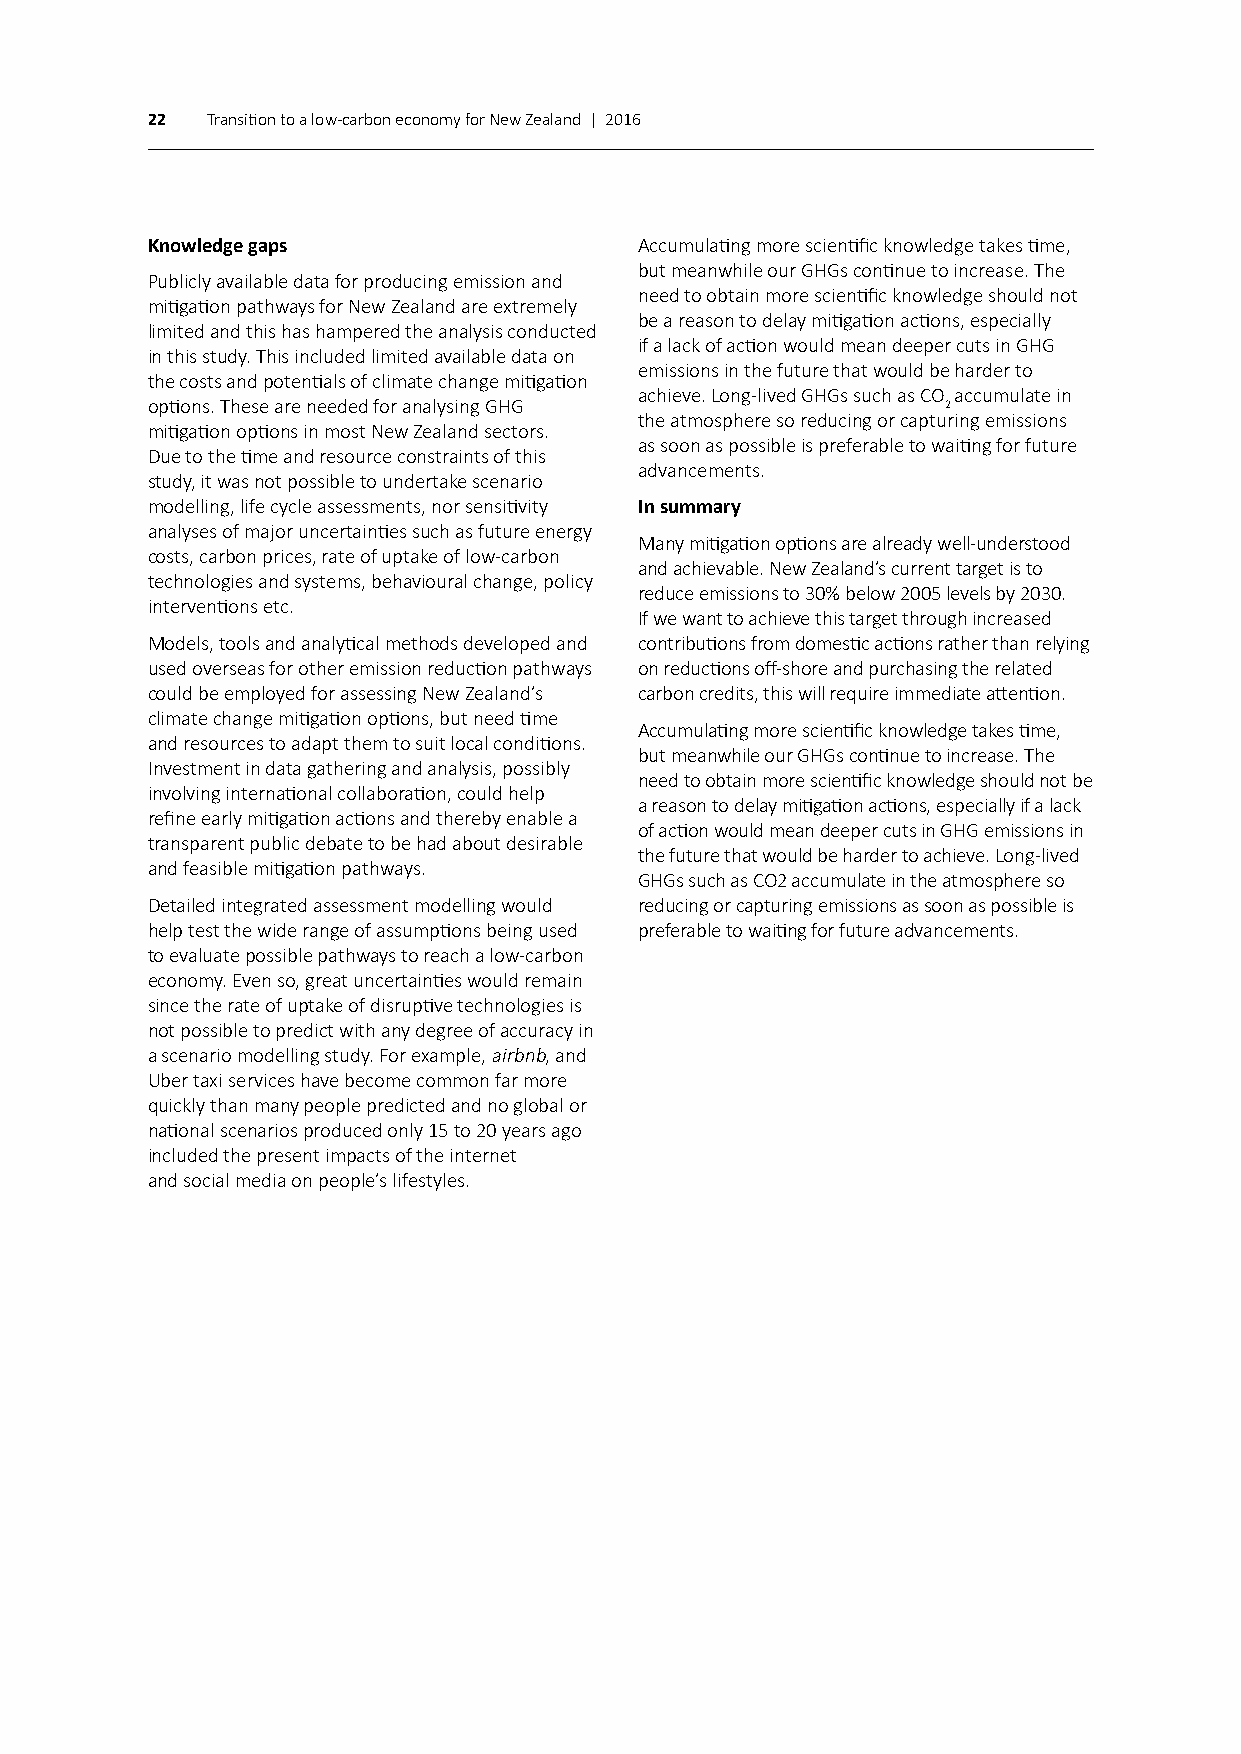
22  Transition to a low-carbon economy for New Zealand | 2016
 Knowledge gaps                  Accumulating more scientific knowledge takes time,
 but meanwhile our GHGs continue to increase. The
 Publicly available data for producing emission and
 need to obtain more scientific knowledge should not
 mitigation pathways for New Zealand are extremely
 be a reason to delay mitigation actions, especially
 limited and this has hampered the analysis conducted
 if a lack of action would mean deeper cuts in GHG
 in this study. This included limited available data on
 emissions in the future that would be harder to
 the costs and potentials of climate change mitigation
 achieve. Long-lived GHGs such as CO accumulate in
 options. These are needed for analysing GHG         2
 the atmosphere so reducing or capturing emissions
 mitigation options in most New Zealand sectors.
 as soon as possible is preferable to waiting for future
 Due to the time and resource constraints of this
 advancements.
 study, it was not possible to undertake scenario
 modelling, life cycle assessments, nor sensitivity In summary
 analyses of major uncertainties such as future energy
 Many mitigation options are already well-understood
 costs, carbon prices, rate of uptake of low-carbon
 and achievable. New Zealand’s current target is to
 technologies and systems, behavioural change, policy
 reduce emissions to 30% below 2005 levels by 2030.
 interventions etc.
 If we want to achieve this target through increased
 Models, tools and analytical methods developed and contributions from domestic actions rather than relying
 used overseas for other emission reduction pathways on reductions off-shore and purchasing the related
 could be employed for assessing New Zealand’s carbon credits, this will require immediate attention.
 climate change mitigation options, but need time
 Accumulating more scientific knowledge takes time,
 and resources to adapt them to suit local conditions.
 but meanwhile our GHGs continue to increase. The
 Investment in data gathering and analysis, possibly
 need to obtain more scientific knowledge should not be
 involving international collaboration, could help
 a reason to delay mitigation actions, especially if a lack
 refine early mitigation actions and thereby enable a
 of action would mean deeper cuts in GHG emissions in
 transparent public debate to be had about desirable
 the future that would be harder to achieve. Long-lived
 and feasible mitigation pathways.
 GHGs such as CO2 accumulate in the atmosphere so
 Detailed integrated assessment modelling would reducing or capturing emissions as soon as possible is
 help test the wide range of assumptions being used preferable to waiting for future advancements.
 to evaluate possible pathways to reach a low-carbon
 economy. Even so, great uncertainties would remain
 since the rate of uptake of disruptive technologies is
 not possible to predict with any degree of accuracy in
 a scenario modelling study. For example, airbnb, and
 Uber taxi services have become common far more
 quickly than many people predicted and no global or
 national scenarios produced only 15 to 20 years ago
 included the present impacts of the internet
 and social media on people’s lifestyles.